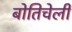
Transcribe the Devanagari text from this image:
बोतिचेली